Lunatic asylums Bombay report 1878-1890 - 1878-1890
Year: 1878
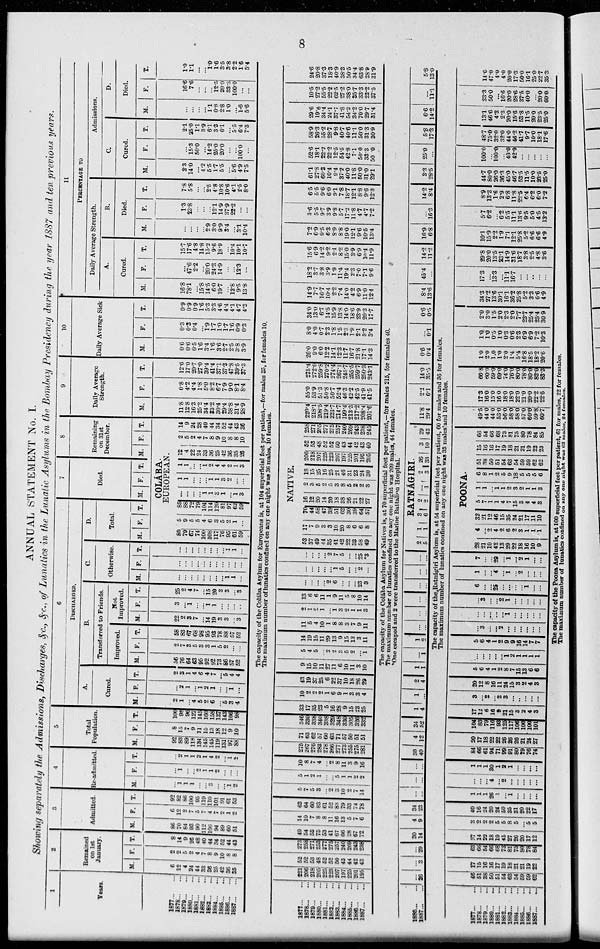
8
ANNUAL STATEMENT No. I.
Showing separately the Admissions, Discharges, &c., &c., of Lunatics in the Lunatic Asylums in the Bombay Presidency during the year 1887 and ten previous years.
1
Years.
1877...
...
1878...
...
1879...
...
1880...
...
1881...
...
1882...
...
1883...
...
1884...
...
1885...
...
1886...
...
1887...
...
2
Remained
on 1st
January.
M.
6
12
4
24
44
33
36
25
42
36
35
F.
2
2
5
2
4
7
8
9 10
8
8
T.
8
14
9
26
48
40
44
34
52
44
43
3
Admitted.
M.
86
70
84
93
90
112
106
94
89
60
51
F.
6
12
2
7
5 7
4
7
2 1
2
T.
92
82
86
100
95
119
110
101
91
61
53
4
Re-admitted.
M.
...
1
1
1
...
... 3
...
...
1
2
F.
...
1
...
... 2
1
1
2
...
...
...
T.
...
2
1
1
2
1
4
2
... 1
2
5
Total
Population.
M.
92
83
89
118
134
145
145
119
131
97
88
F.
8
15
7
9
11
15
13
18
12
9
10
T.
100
98
96
127
145
160
158
133
143
106
98
6
DISCHARGED.
A.
Cured.
M.
2
1
... 4
5
2
6
... 5
3
4
F.
...
2 1
...
1
2
1
...
...
1
...
T.
2
3
1
4
6
4
7
... 5
4
4
B.
Transferred to Friends.
Improved.
M.
56
76
64
63
95
92
92
73
86
57
52
F.
2
7
3
5
3
3
1
5
2
...
...
T.
58
83
67
68
98
95
93
78
88
57
52
Not
Improved.
M.
22
2
3
7
... 14
19
3
3
... 3
F.
3
... 1
...
... 1
1
...
...
...
..
T.
25
2
4
7
... 15
20
3
3
...
3
C.
Otherwise.
M.
...
...
...
...
...
...
...
... 1
1
...
F.
...
...
...
...
...
...
...
...
...
...
...
T.
...
...
...
...
...
...
...
... 1
1
...
D.
Total.
M. F. T.
7
Died.
M. F. T.
8
Remaining
on 31st
December.
M. F. T.
COLÁBA
EUROPEAN.
80
79
67
74
100
108
117
76
95
61
59
5
9
5
5
4
6
3
5
2
1
...
85
88
72
79
104
114
120
81
97
62
59
...
...
...
... 1
1
3 1
... 1
3
1
1
...
...
... 1
1
3
2
...
...
1
1
...
... 1
2
4
4
2
1
3
12
4
22
24
33
36
25
42
36
35
26
2
5
2
4
7
8
9
10
8
8
10
14
9
24
28
40
44
34
52
44
43
36
9
Daily Average
Strength.
M.
11.8
12.8
16.3
25.2
34.4
33.2
30.4
29.4
38.8
31.4
28.9
F.
0.8
4.2
4.4
1.8
5.0
8.2
6.7
7.9
9.0
8.1
8.4
T.
12.6
17.0
20.7
27.0
39.4
41.4
37.1
37.3
47.8
39.5
37.3
10
Daily Average Sick
M.
0.6
0.6
0.5
1.6
3.4
1.6
3.6
2.7
2.5
3.8
3.9
F.
0.3
0.3
0.4
... 1.9
1.7
1.0
1.7
1.6
0.9
0.3
T.
0.9
0.9
0.9
1.6
5.3
3.3
4.6
4.4
4.1
4.7
4.3
11
PERCENTAGE TO
Daily Average Strength.
A.
Cured.
M.
16.8
78.1
... 15.8
14.5
6.0
19.7
... 12.8
9.5
13.8
F.
...
47.6
2.2
... 20.0
24.3
14.9
...
... 12.3
...
T.
15.7
17.6
4.8
14.8
15.2
9.6
18.9
... 10.4
10.1
10.7
B.
Died.
M.
...
...
...
... 2.9
3.0
9.9
3.4
... 3.1
10.4
F.
1.3
23.8
...
...
... 12.1
14.9
37.9
22.2
...
...
T.
7.8
5.8
...
... 2.5
4.8
10.8
10.6
4.1
2.5
8.0
Admissions.
C.
Cured.
M.
2.3
14.0
... 4.2
5.5
1.7
5.5
... 5.6
4.9
7.5
F.
...
15.3
50.0
... 14.2
25.0
20.0
...
... 100.0
...
T.
2.1
35.0
1.1
3.9
6.1
3.3
6.1
... 5.5
6.4
7.3
D.
Died.
M.
...
...
...
... 1.1
0.8
2.8
1.0
... 1.6
5.6
F.
16.6
7.6
...
...
...
12.5 20.0
33.3
100.0
...
...
T.
1.0
1.1
...
... 1.0 1.6
3.5
3.8
2.2
1.6
5.4
The capacity of the Colába Asylum for Europeans is, at 104 superficial feet per patient,—for males 35, for females 10.
The maximum number of lunatics confined on any one night was 36 males, 10 females.
1877...
...
1878...
...
1879...
...
1880...
...
1881...
...
1882...
...
1883...
...
1884...
...
1885...
...
1886...
...
1887...
...
221
206
218
205
225
223
207
197
225
201
195
52
52
53
48
52
52
50
43
44
42
43
273
258
271
253
277
275
257
240
269
243
238
49
54
53
75
53
41
67
66
28
67
72
14
10
7
8
8
11
16
13
5
7
6
63
64
60
83
61
52
83
79
33
74
78
5
V
5
3
... 2
3
10
2
7
14
5
1
2
1
...
... 5
1
1
2
2
10
8
7
4
... 2
8
11
3
9
16
275
267
276
283
278
266
277
273
255
275
281
71
63
62
57
60
63
71
57
50
51
51
346
330
338
340
338
329
348
330
305
326
332
33
17
35
23
5
16
28
9
15
23
25
10
2
2
2
1
6
9
1
3
3
4
43
19
37
25
6
22
37
10
18
26
29
9
15
10
11
27
11
6
10
11
3
10
5
4
5
... 2
2
3
5
2
... 1
14
19
15
11
29
13
9
15
13
3
11
11
5
4
10
1
8
8
3
7
9
11
2
1
2
1
...
1
3
2
1
1
3
13
6
6
11
1
9
11
5
8
10
14
...
...
...
... 2
6
...
...
... 23
3
...
...
...
...
... 1
5
...
... 2
...
...
...
...
... 2
7
5
...
... 25
*3
NATIVE.
53
37
49
44
35
41
42
22
33
58
49
17
7
9
3
3
10
20
8
6
6
8
70
44
58
47
38
51
62
30
39
64
57
16
12
20
14
20
18
38
26
21
22
27
2
3
5
2
5
3
8
5
2
2
3
18
15
25
16
25
21
46
31
23
24
30
206
218
207
225
223
207
197
225
201
195
205
52
53
48
52
52
50
43
44
42
43
40
258
271
255
277
275
257
240
269
243
238
245
220.4
218.1
208.5
219.4
223.7
214.7
199.4
213.3
217.2
208.4
201.6
55.0
53.9
51.3
50.8
50.7
52.4
46.3
42.2
42.5
41.9
41.5
275.4
272.0
259.8
270.2
274.4
267.1
245.7
255.5
259.7
250.3
243.1
26.0
9.0
6.0
12.2
14.1
12.3
11.7
16.7
21.8
17.1
14.3
8.0
4.0
0.7
2.3
1.8
1.5
2.3
1.9
2.1
3.2
3.4
34.0
13.0
6.7
14.5
15.9
13.8
14.0
18.6
23.9
20.3
17.7
14.9
7.7
16.7
10.4
2.2
7.4
14.0
4.2
6.9
11.0
12.4
18.2
3.7
3.8
3.9
1.9
11.4
19.4
2.3
7.0
7.1
9.6
15.6
6.9
14.2
9.2
2.1
8.2
15.0
3.9
6.9
10.4
11.9
7.2
6.9
9.5
6.3
8.9
8.8
19.0
12.1
9.6
10.5
13.4
3.6
5.5
9.7
3.9
9.8
5.7
17.2
11.8
4.7
4.7
7.2
6.5
5.5
9.6
6.0
9.1
7.8
18.7
12.1
8.8
9.6
12.3
61.1
27.8
60.3
10.4
9.4
37.2
40.0
11.8
50.0
31.0
29.1
52.6
18.1
22.2
22.2
12.5
54.5
42.8
7.1
50.0
33.3
50.0
58.9
26.3
55.2
28.7
9.8
40.7
40.6
11.1
50.0
31.3
30.9
29.6
19.6
34.4
24.1
37.7
41.8
54.2
34.2
70.0
29.7
31.4
10.5
27.2
55.5
22.2
62.5
27.2
38.0
35.7
33.3
22.2
37.5
24.6
20.8
37.3
18.3
40.9
38.3
50.5
34.4
63.8
28.9
31.9
The capacity of the Colába Asylum for Natives is, at 70 superficial feet per patient,—for males 215, for females 40.
The maximum number of lunatics confined on any one night was 209 males, 44 females.
*One escaped and 2 were transferred to the Marine Battalion Hospital.
1886...
...
1887...
...
...
26
...
3
...
29
30
14
4
9
34
23
...
...
...
...
...
...
30
40
4
12
34
52
l
4
1
...
2
4
1
1
...
1
l
2
...
...
...
...
...
...
...
...
...
...
...
...
RATNÁGIRI.
2
5
1
1
3
6
2
2
...
1
2
3
26
33
3
10
29
43
11.8
29.4
2.2
6.1
14.0
35.5
0.6
0.4
...
0.1
0.6
0.5
8.4
13.6
45.4
...
14.2
11.2
14.9
6.8
...
16.3
14.2
8.4
3.3
28.5
25.0
...
5.8
17.3
6.6
14.2
...
11.1
5.8
13.0
The capacity of the,Ratnágiri Asylum is, at 54 superficial feet per patient, 60 for males and 36 for females.
The maximum number of lunatics confined on any one night was 33 males and 10 females.
1877...
...
1878...
...
1879...
...
1880...
...
1881...
...
1882...
...
1883...
...
1884...
...
1885...
...
1886...
...
1887...
...
46
51
38
50
51
54
63
54
59
59
62
17
15
16
16
17
19
18
21
21
19
22
63
66
54
66
68
73
81
75
80 78
84
37
14
22
18
19
45
27
26
20
17
12
3
2
2
2
5
5
8
5
... 5
5
40
16
24
20
24
50
35
31
20
22
17
1
1
1
26
1
...
1
...
...
...
...
...
...
... 4
... 2
...
...
...
...
...
1
1
1
30
1
2
1
...
...
...
...
84
66
61
94
71
99
91
80
79
76
74
20
17 18
22
22
26
26
26
21
24
27
104
83
79
116 93
125
117
106
100
100
101
17
12
6
16
9
21
l5
3
2
4
3
3
... 2
... 2
3
...
...
...
...
...
20
12
8
16
11
24
15
3
2
4
3
5
6
4
1
2
8
7
15
13
6
6
...
...
...
...
... 1
2
1
1
1
1
5
6
4
1
2
9
9
16
14
7
7
...
3
...
... 2
...
...
...
...
...
...
...
...
...
...
... 1
...
...
...
...
...
...
3
...
... 2
1
...
...
...
...
...
6
...
...
25
...
...
...
... 1
...
...
1
...
... 4
... 1
... 2
...
...
...
7
...
... 29
... 1
... 2
1
...
...
POONA
28
21
10
42
13
29
22
18
16
10
9
4
... 2
4
2
6
2
3
1
1
1
32
21
12
46
15
35
24
21
17
11
10
5
7
1
1
4
7
15
3
4
4
3
1
1
... 1
1
2
3
2
1
1
3
6
8
1
2
5
9
18
5
5
5
6
51
38
50
51
54
63
54
59
59
62
62
15
16
16
17
19
18
21
21
19
22
23
66
54
66
68
73
81
75
80
78
84
85
49.5
44.0
44.0
53.0
56.0
58.0
58.0
57.0
60.0
59.8
60.7
17.3
16.0
15.0
16.0
18.0
18.0
22.0
21.0
20.0
22.2
22.6
66.8
60.0
59.0
69.0
74.0
76.0
80.0
78.0
80.0
82.0
83.3
1.0
2.0
1.0
1.0
2.0
1.4
5.4
16.8
18.5
18.2
20.6
1.0
1.0
0.5
1.0
0.3
0.6
2.3
6.9
6.9
7.2
10.3
2.0
3.0
1.5
2.0
2.3
2.0
7.7
23.7
25.4
25.4
30.9
34.3
27.2
13.6
30.1
16.1
36.2
25.8
5.2
3.3
6.6
4.9
17.3
... 13.3
... 11.1
16.7
...
...
...
...
...
29.8
20.0
13.5
23.1
14.9
31.6
18.7
3.8
2.5
4.8
3.6
10.1
15.9
2.2
1.9
7.1
12.1
25.8
5.2
6.6
6.6
4.9
5.7
6.2
... 6.2
5.5
11.1
13.6
9.5
5.0
4.5
13.2
8.9
13.3
1.6
2.9
6.8
11.8
22.5
6.4
6.2
6.0
7.2
44.7
80.0
26.0
36.3
45.0
46.7
53.5
11.5
10.0
23.5
25.0
100.0
...
100.0
... 40.0
42.9
...
...
...
...
...
48.7
75.0
32.0
32.0
44.0
46.2
41.7
9.7
10.0
18.1
17.6
13.1
46.6
4.3
2.3
20.0
15.6
53.8
11.5
20.0
23.5
25.0
33.3
50.0
...
16.6
20.0
28.6
37.5
40.0
... 20.0
60.0
14.6
47.0
4.0
4.0
20.0
17.3
50.0
16.1
25.0
22.7
35.3
The capacity of the Poona Asylum is, at 100 superficial feet per patient, 61 for males, 22 for females.
The maximum number Of lunatics confined on any one night was 63 males, 24 females.